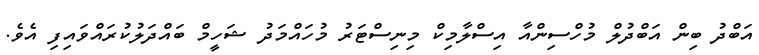
އަބްދު ބިން އަބްދުލް މުހްސިންއާ އިސްލާމިކް މިނިސްޓަރު މުހައްމަދު ޝަހީމް ބައްދަލުކުރައްވައިފި އެވެ.